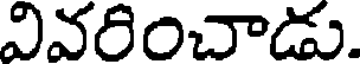
వివరించాడు.